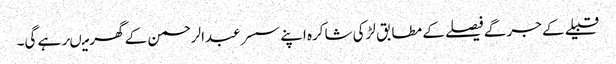
قبیلے کے جرگے فیصلے کے مطابق لڑکی شاکرہ اپنے سسر عبدالرحمن کے گھر میںرہے گی۔